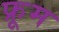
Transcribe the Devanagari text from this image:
फ्रूम